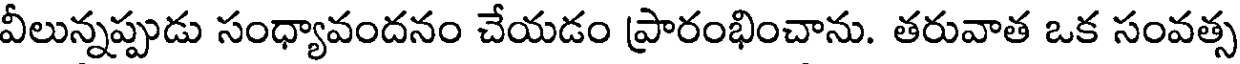
వీలున్నప్పుడు సంధ్యావందనం చేయడం ప్రారంభించాను. తరువాత ఒక సంవత్స